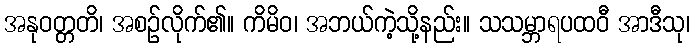
အနုဝတ္တတိ၊ အစဉ်လိုက်၏။ ကိမိဝ၊ အဘယ်ကဲ့သို့နည်း။ သသမ္ဘာရပထဝီ အာဒီသု၊